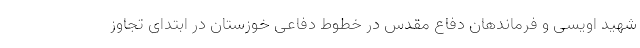
شهید اویسی و فرماندهان دفاع مقدس در خطوط دفاعی خوزستان در ابتدای تجاوز